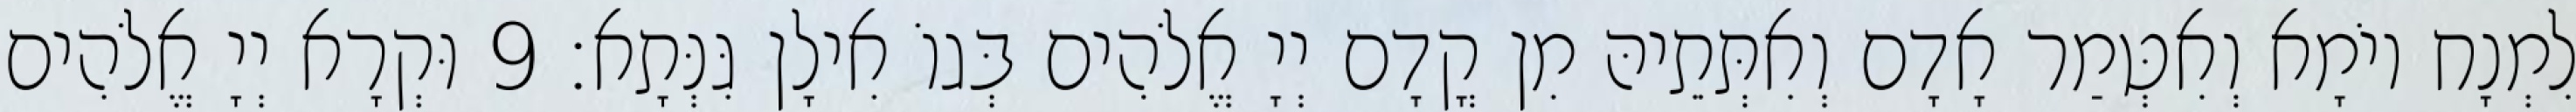
לִמְנָח יוֹמָא וְאִטְּמַר אָדָם וְאִתְּתֵיהּ מִן קֳדָם יְיָ אֱלֹהִים בְּגוֹ אִילָן גִּנְּתָא׃ 9 וּקְרָא יְיָ אֱלֹהִים